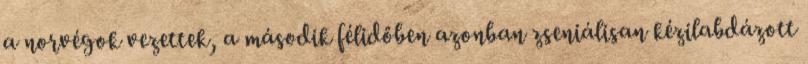
a norvégok vezettek, a második félidőben azonban zseniálisan kézilabdázott